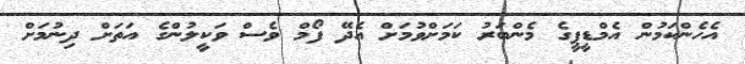
އެހެންކަމުން އެމްޑީޕީގެ މެންބަރު ކަމަށްވުމަށް އެދޭ ފޯމް ވެސް ވަކީލުންގެ އަތަށް ދިނުމަށް